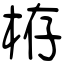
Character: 栫